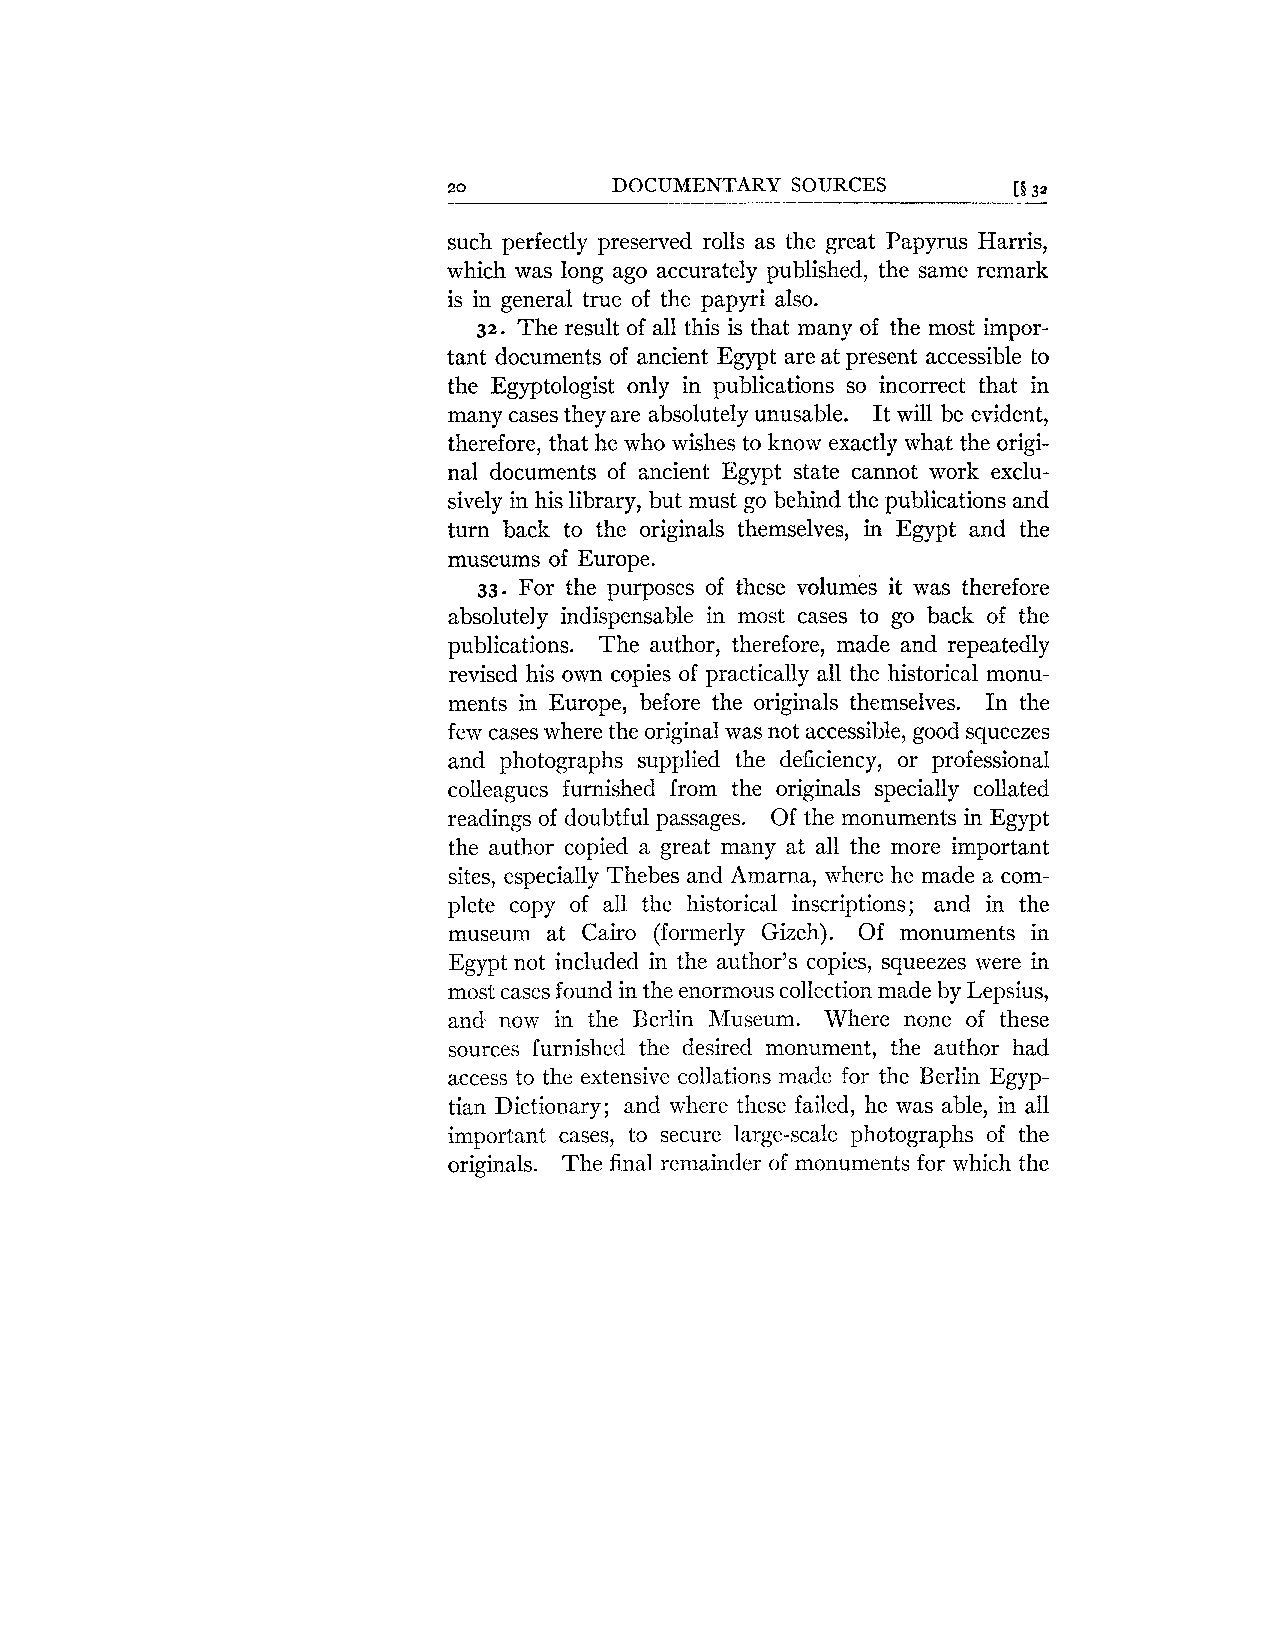
20         DOCUMENTARY SOURCES       15 32
 such perfectly preserved rolls as the great Papyrus Harris,
 which was long ago accurately published, the same remark
 is in general true of the papyri also.
 32. The result of all this is that many of the most impor-
 tant documents of ancient Egypt are at present accessible to
 the Egyptologist only in publications so incorrect that in
 many cases they are absolutely unusable. It will be evident,
 therefore, that he who wishes to know exactly what the origi-
 nal documents of ancient Egypt state cannot work exclu-
 sively in his library, but must go behind the publications and
 turn back to the originals themselves, in Egypt and the
 museums of Europe.
 33. For the purposes of these volumes it was therefore
 absolutely indispensable in most cases to go back of the
 publications. The author, therefore, made and repeatedly
 revised his own copies of practically all the historical monu-
 ments in Europe, before the originals themselves. In the
 few cases where the original was not accessible, good squeezes
 and photographs supplied the deficiency, or professional
 colleagues furnished from the originals specially collated
 readings of doubtful passages. Of the monuments in Egypt
 the author copied a great many at all the more important
 sites, especially Thebes and Amarna, where he made a com-
 plete copy of all the historical inscriptions; and in the
 museum at Cairo (formerly Gizeh). Of monuments in
 Egypt not included in the author's copies, squeezes were in
 most cases found in the enormous collection made by Lepsius,
 and now in the Berlin Museum. Where none of these
 sources furnished the desired monument, the author had
 access to the extensive collations made for the Berlin Egyp-
 tian Dictionary; and where these failed, he was able, in all
 important cases, to secure large-scale photographs of the
 originals. The final remainder of monuments for which the